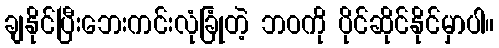
ချနိုင်ပြီးဘေးကင်းလုံခြုံတဲ့ ဘဝကို ပိုင်ဆိုင်နိုင်မှာပါ။